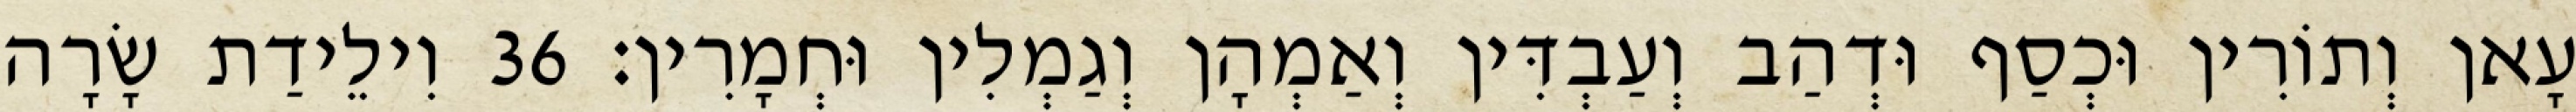
עָאן וְתוֹרִין וּכְסַף וּדְהַב וְעַבְדִּין וְאַמְהָן וְגַמְלִין וּחְמָרִין׃ 36 וִילֵידַת שָׂרָה